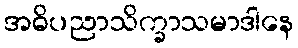
အဓိပညာသိက္ခာသမာဒါနေ